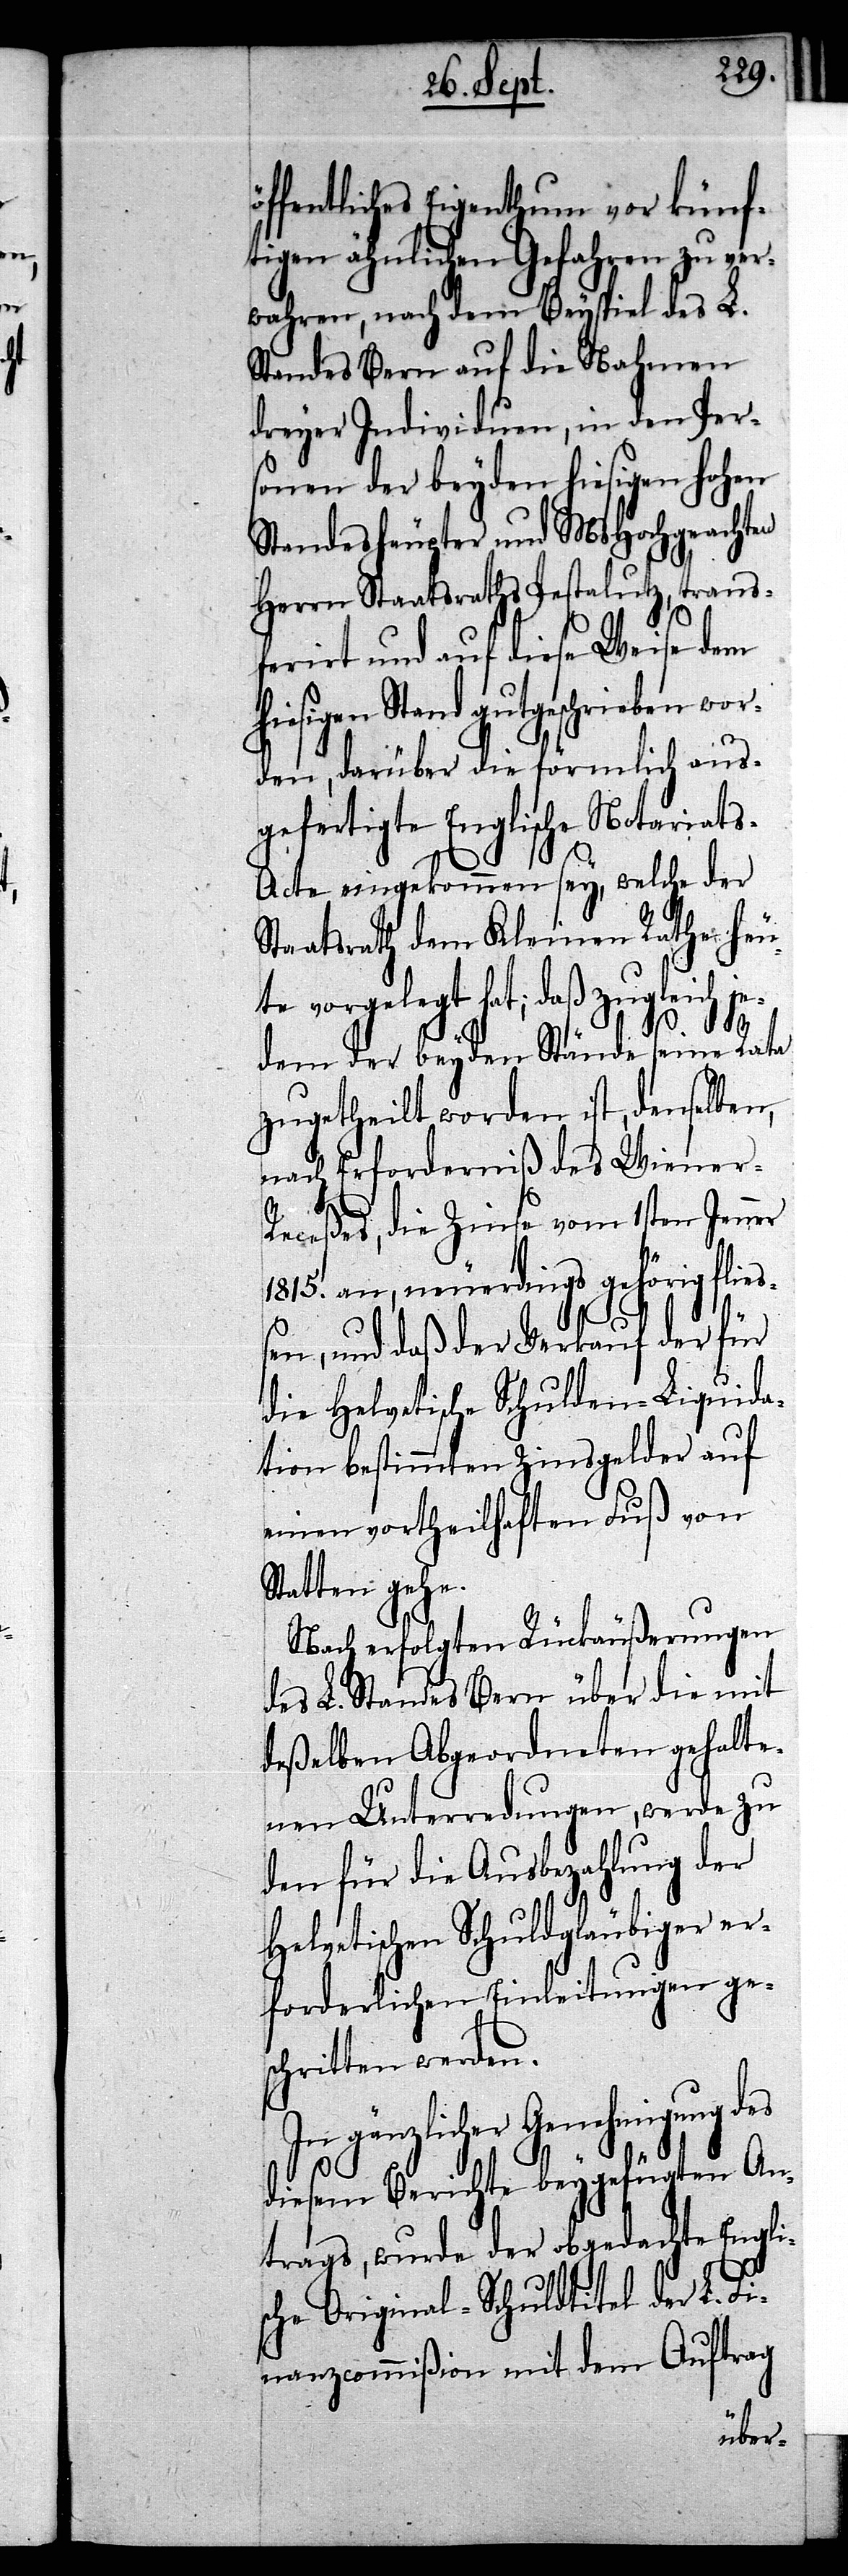
ffentliches Eigenthum vor künf¬
tigen ähnlichen Gefahren zu ver¬
wahren, nach dem Beyspiel des L.
Standes Bern auf die Nahmen
dreyer Individuen, in den Pers¬
onen der beyden hiesigen hohen
Standeshäupter und MsHochgeachten
Herrn Staatsraths Pestalutz, trans¬
ferirt und auf diese Weise dem
hiesigen Stand gutgeschrieben wor¬
den, darüber die förmlich aus¬
gefertigte Englische Notariat¬
s-Acte eingekommen sey, welche der
Staatsrath dem Kleinen Rathe heu¬
te vorgelegt hat; daß zugleich je¬
ö¬
dem der beyden Stände seine Rata
zugeteilt worden ist, denselben,
nach Erforderniß des Wiener-R¬
eceßes, die Zinse vom 1sten Jenner
1815. an, neuerdings gehörig fließ¬
en, und daß der Verkauf der für
die Helvetische Schulden-Liquida¬
tion bestimmten Zinsgelder auf
einen vortheilhaften Fuß von
Statten gehe.
Nach erfolgten Rückäußerungen
des L. Standes Bern über die mit
deßelben Abgeordneten gehalte¬
nen Unterredungen, werde zu
den für die Ausbezahlung der
Helvetischen Schuldgläubiger er¬
forderlichen Einleitungen ges¬
chritten werden.
In gänzlicher Genehmigung des
diesem Berichte beygefügten An¬
trags, wurde der abgelegte Engli¬
sche Original-Schuldtitel der L. Fi¬
nanzcommißion mit dem Auftrag